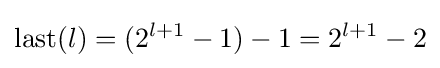
{\text{last}}(l)=(2^{l+1}-1)-1=2^{l+1}-2